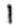
1